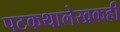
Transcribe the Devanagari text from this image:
पटकथालेखकही